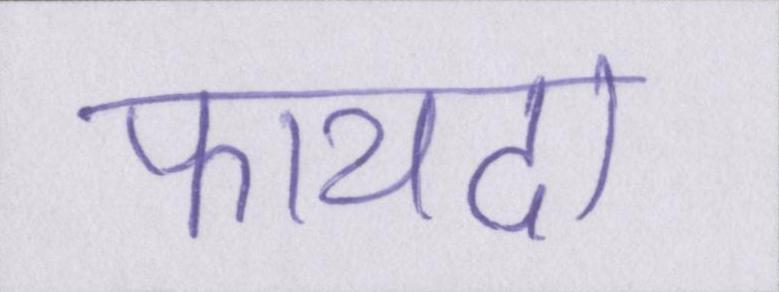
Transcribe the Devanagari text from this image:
फायदा